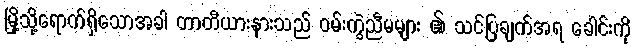
မြို့သို့ရောက်ရှိသောအခါ တာတီယားနားသည် ဝမ်းကွဲညီမများ ၏ သင်ပြချက်အရ ခေါင်းကို